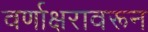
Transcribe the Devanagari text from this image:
वर्णाक्षरावरून